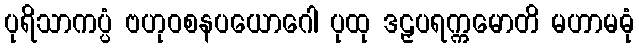
ပုရိသာကပ္ပံ ဗဟုဝစနပယောဂေါ ပုထု ဒဠှပရက္ကမောတိ မဟာမဓုံ